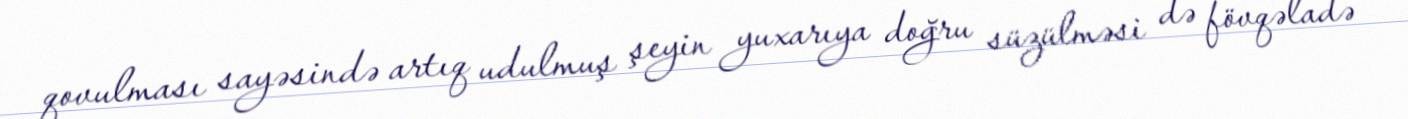
qovulması sayəsində artıq udulmuş şeyin yuxarıya doğru süzülməsi də fövqəladə